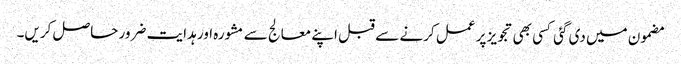
مضمون میں دی گئی کسی بھی تجویز پر عمل کرنے سے قبل اپنے معالج سے مشورہ اور ہدایت ضرور حاصل کریں۔